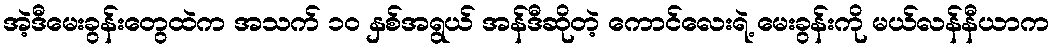
အဲ့ဒီမေးခွန်းတွေထဲက အသက် ၁၀ နှစ်အရွယ် အန်ဒီဆိုတဲ့ ကောင်လေးရဲ့ မေးခွန်းကို မယ်လန်နီယာက